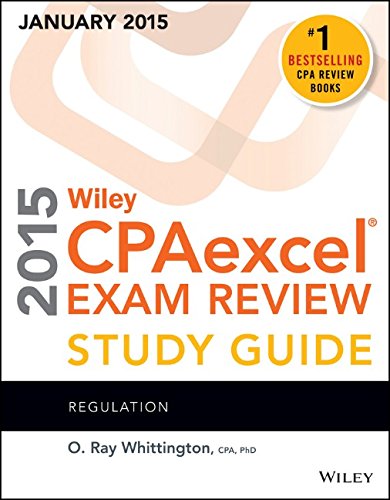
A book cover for Wiley CPAexcel Exam Review 2015 Study Guide (January): Regulation (Wiley Cpa Exam Review); O. Ray Whittington; Test Preparation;